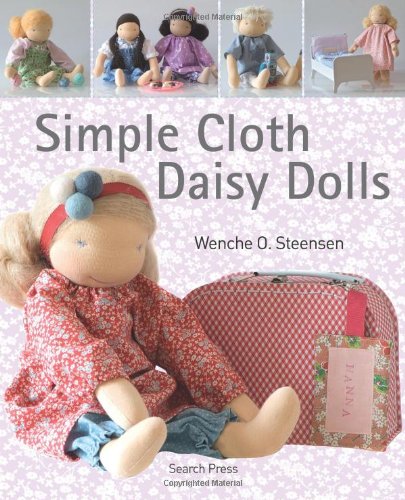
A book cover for Cloth Daisy Dolls; Wenche O Steensen; Crafts, Hobbies & Home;